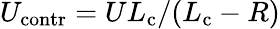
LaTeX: U_{\mathrm{contr}}=UL_{\mathrm{c}}/(L_{\mathrm{c}}-R)